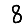
Digit: 8